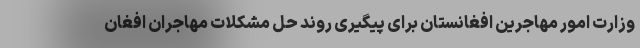
وزارت امور مهاجرین افغانستان برای پیگیری روند حل مشکلات مهاجران افغان